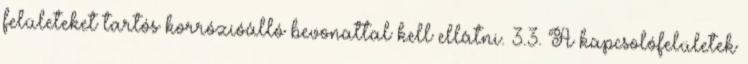
felületeket tartós korrózióálló bevonattal kell ellátni. 3.3. A kapcsolófelületek